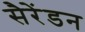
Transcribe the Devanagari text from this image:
सैरेंडन